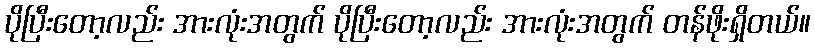
ပိုပြီးတော့လည်း အားလုံးအတွက် ပိုပြီးတော့လည်း အားလုံးအတွက် တန်ဖိုးရှိတယ်။